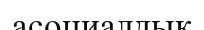
асоциалдық